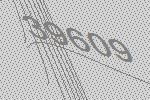
39609